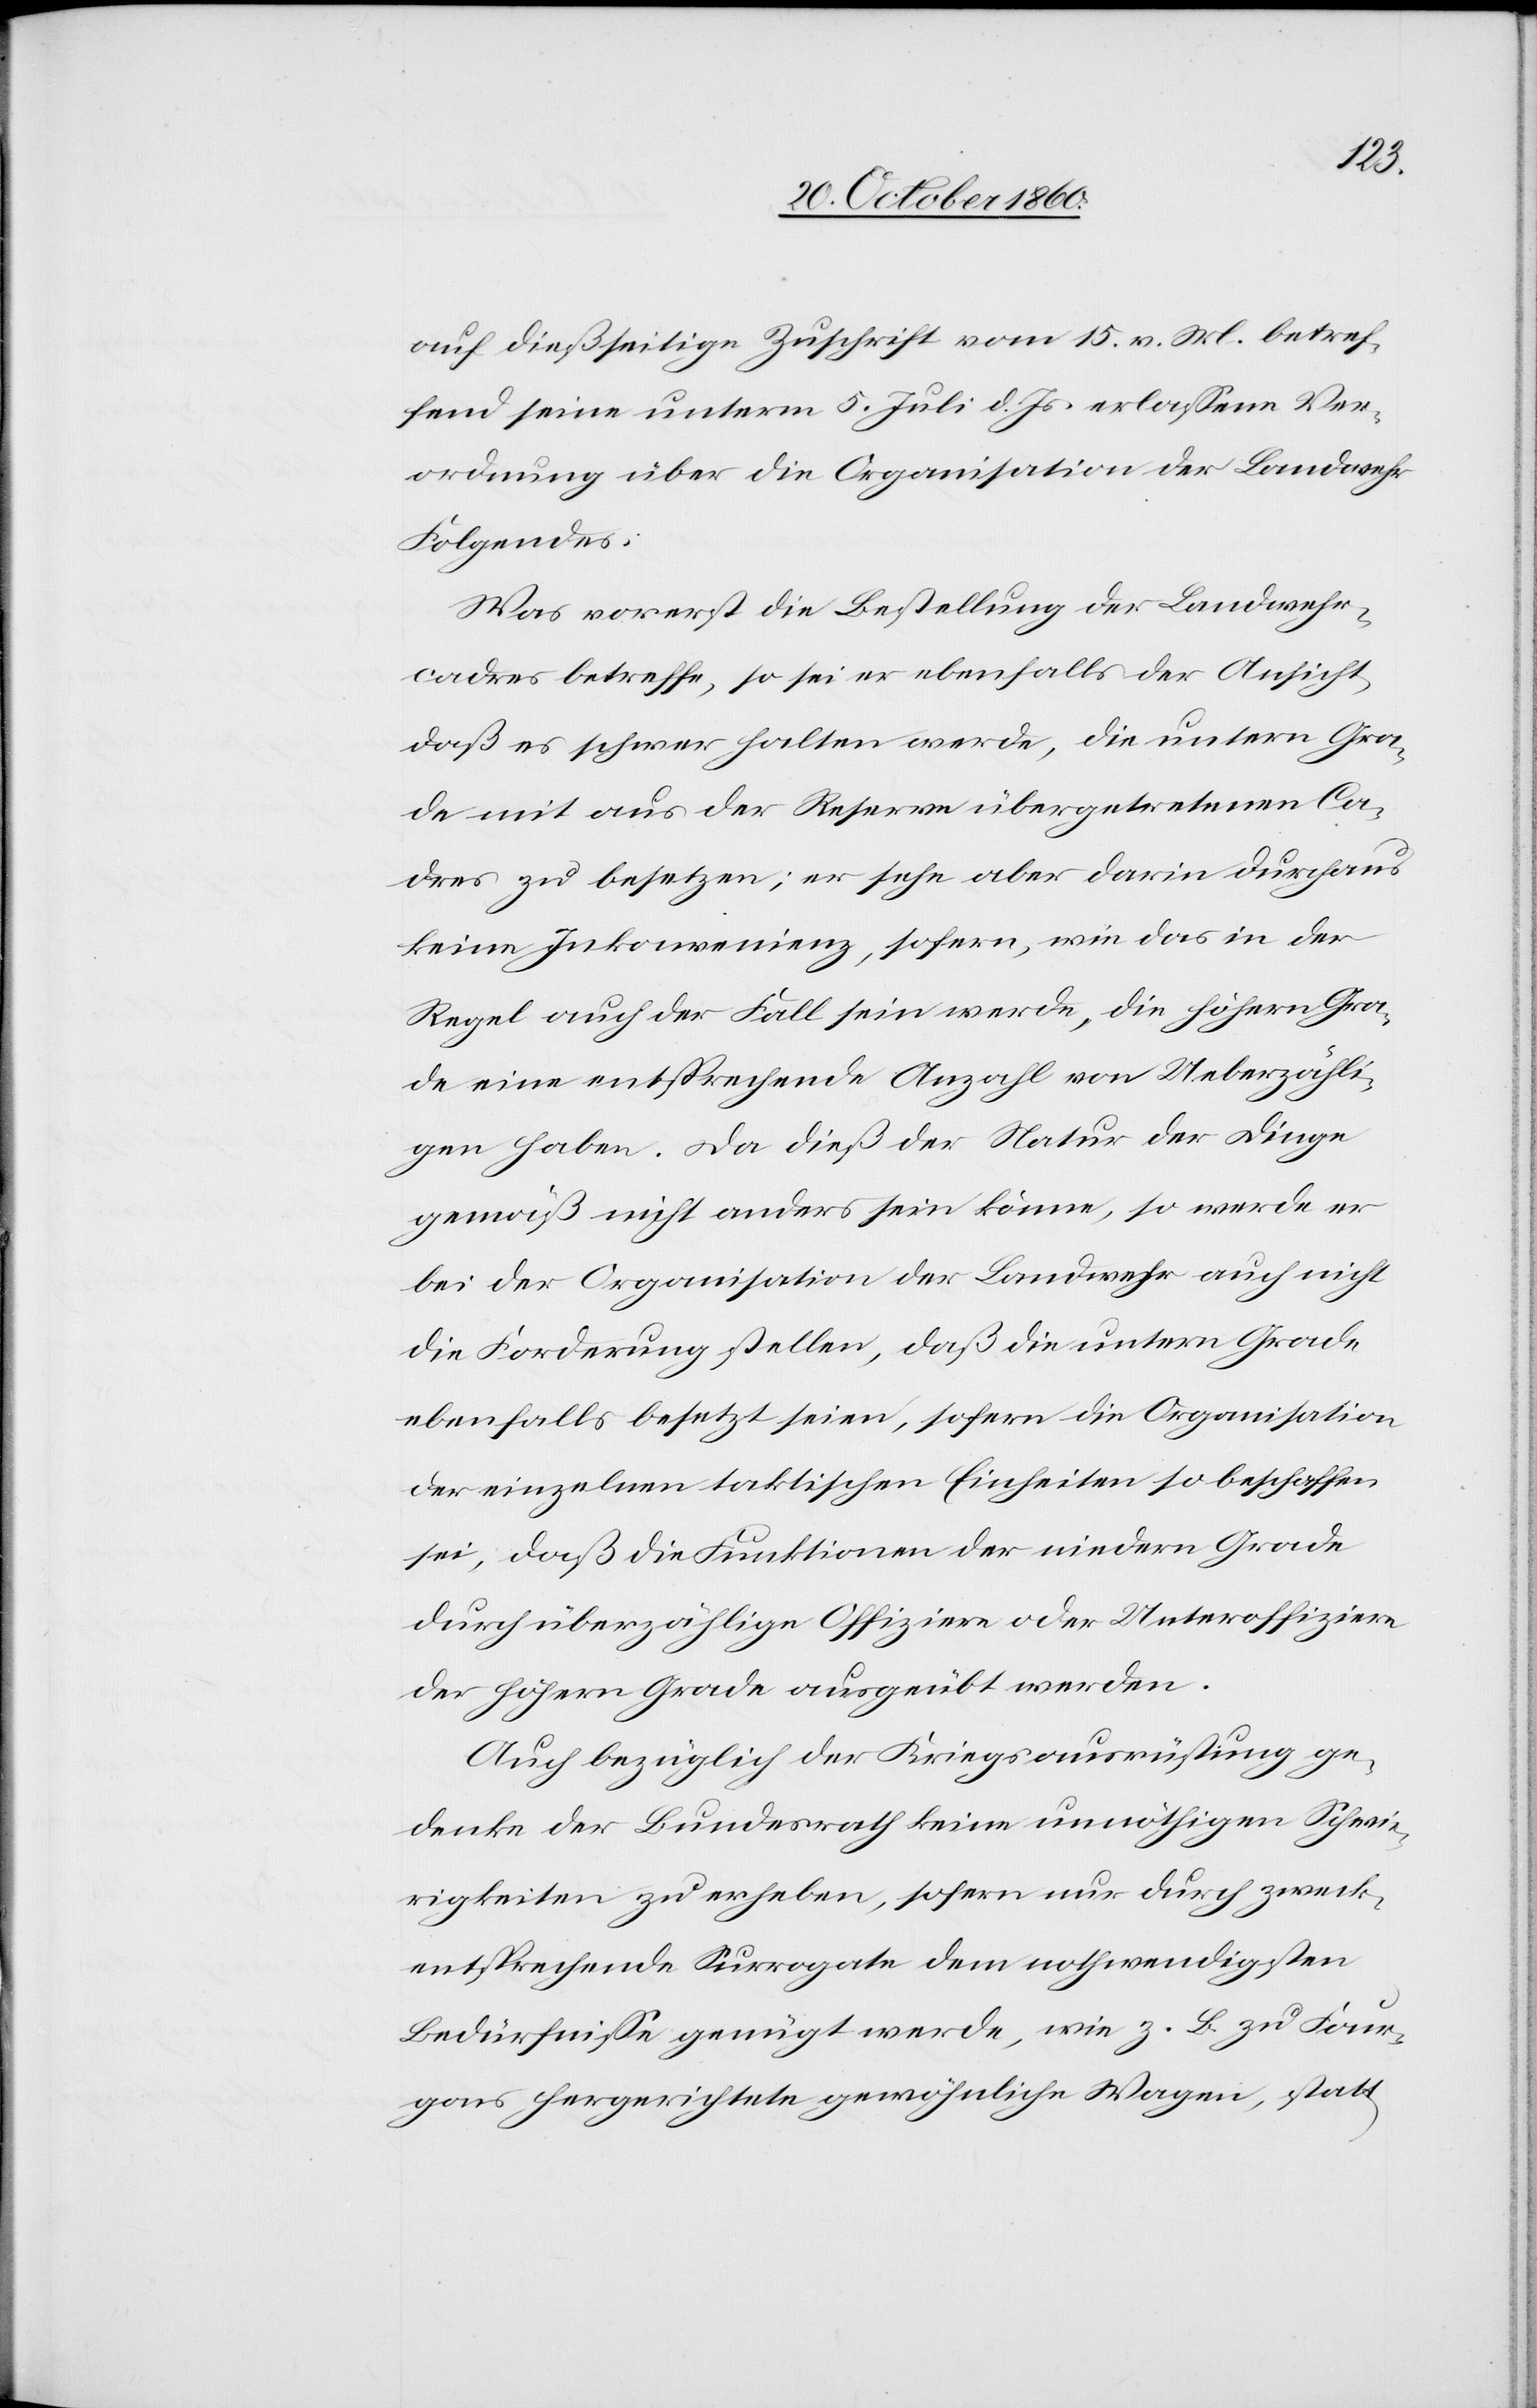
auf dießseitige Zuschrift vom 15. v. M. betref¬
fend seine unterm 5. Juli d. Js. erlassene Ver¬
ordnung über die Organisation der Landwehr
Folgendes:
Was vorerst die Bestellung der Landwehr¬
cadres betreffe, so sei er ebenfalls der Ansicht,
daß es schwer halten werde, die untern Gra¬
de mit aus der Reserve übergetretenen Ca¬
dres zu besetzen; er sehe aber darin durchaus
keine Inkonvenienz, sofern, wie das in der
Regel auch der Fall sein werde, die höhern Gra¬
de eine entsprechende Anzahl von Ueberzähli¬
gen haben. Da dieß der Natur der Dinge
gemäß nicht anders sein könne, so werde er
bei der Organisation der Landwehr auch nicht
die Forderung stellen, daß die untern Grade
ebenfalls besetzt seien, sofern die Organisation
der einzelnen taktischen Einheiten so beschaffen
sei, daß die Funktionen der niedern Grade
durch überzählige Offiziere oder Unteroffiziere
der höhern Grade ausgeübt werden.
Auch bezüglich der Kriegsausrüstung ge¬
denke der Bundesrath keine unnöthigen Schwie¬
rigkeiten zu erheben, sofern nur durch zweck¬
entsprechende Surrogate dem nothwendigsten
Bedürfnisse genügt werde, wie z. B. zu Four¬
gans hergerichtete gewöhnliche Wagen, statt